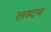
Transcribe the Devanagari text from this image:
लस्टम